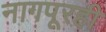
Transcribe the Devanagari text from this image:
नागपूरही